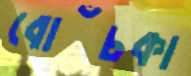
বোঁচকা